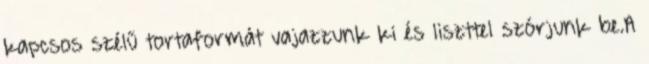
kapcsos szélű tortaformát vajazzunk ki és liszttel szórjunk be.A